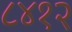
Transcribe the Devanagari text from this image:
८४१२